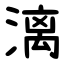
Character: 漓